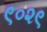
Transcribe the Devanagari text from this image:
९०२९